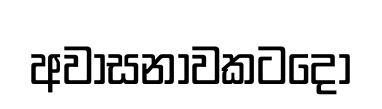
අවාසනාවකටදෝ